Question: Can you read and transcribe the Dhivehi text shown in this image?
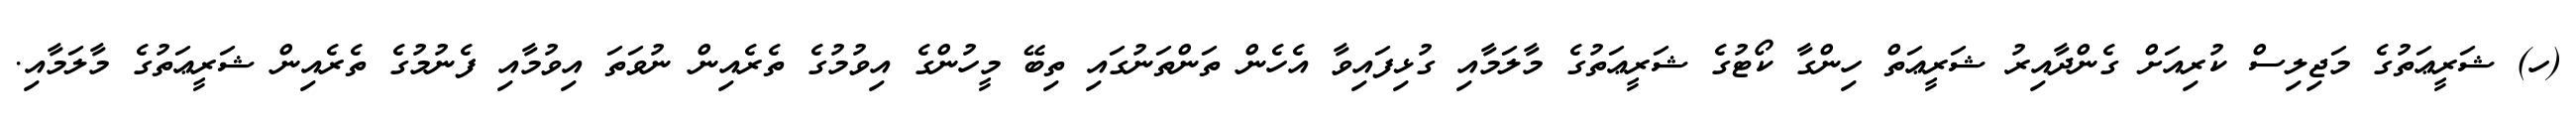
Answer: (ހ) ޝަރީޢަތުގެ މަޖިލިސް ކުރިއަށް ގެންދާއިރު ޝަރީޢަތް ހިންގާ ކޯޓުގެ ޝަރީޢަތުގެ މާލަމާއި ގުޅިފައިވާ އެހެން ތަންތަނުގައި ތިބޭ މީހުންގެ އިވުމުގެ ތެރެއިން ނުވަތަ އިވުމާއި ފެނުމުގެ ތެރެއިން ޝަރީޢަތުގެ މާލަމާއި.